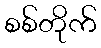
စစ်တိုက်